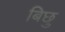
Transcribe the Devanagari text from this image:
बिछु